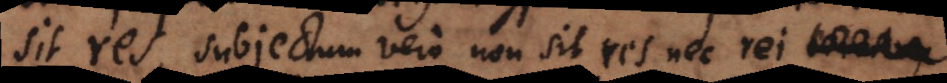
sit res, subjectum vero non sit res nec rei